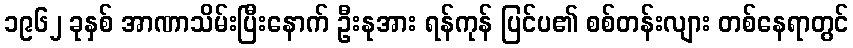
၁၉၆၂ ခုနှစ် အာဏာသိမ်းပြီးနောက် ဦးနုအား ရန်ကုန် ပြင်ပ၏ စစ်တန်းလျား တစ်နေရာတွင်